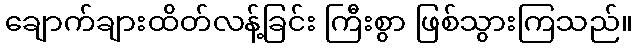
ချောက်ချားထိတ်လန့်ခြင်း ကြီးစွာ ဖြစ်သွားကြသည်။